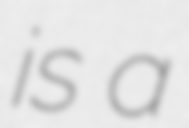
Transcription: is a